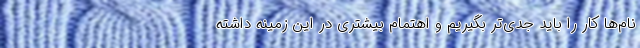
نام‌ها کار را باید جدی‌تر بگیریم و اهتمام بیشتری در این زمینه داشته